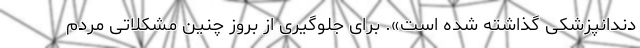
دندانپزشکی گذاشته شده است». برای جلوگیری از بروز چنین مشکلاتی مردم